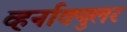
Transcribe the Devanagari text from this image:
व्हर्नाक्‍युलर